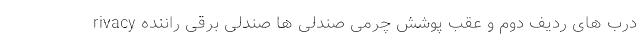
rivacy درب های ردیف دوم و عقب پوشش چرمی صندلی ها صندلی برقی راننده